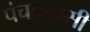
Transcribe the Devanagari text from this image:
पंचकळसी